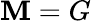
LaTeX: \mathbf{M}=G